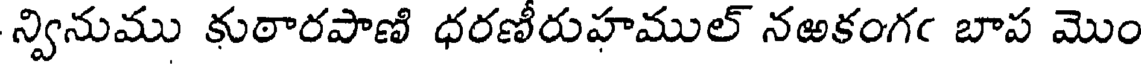
న్వినుము కుఠారపాణి ధరణీరుహముల్ నఱకంగఁ బాప మొం